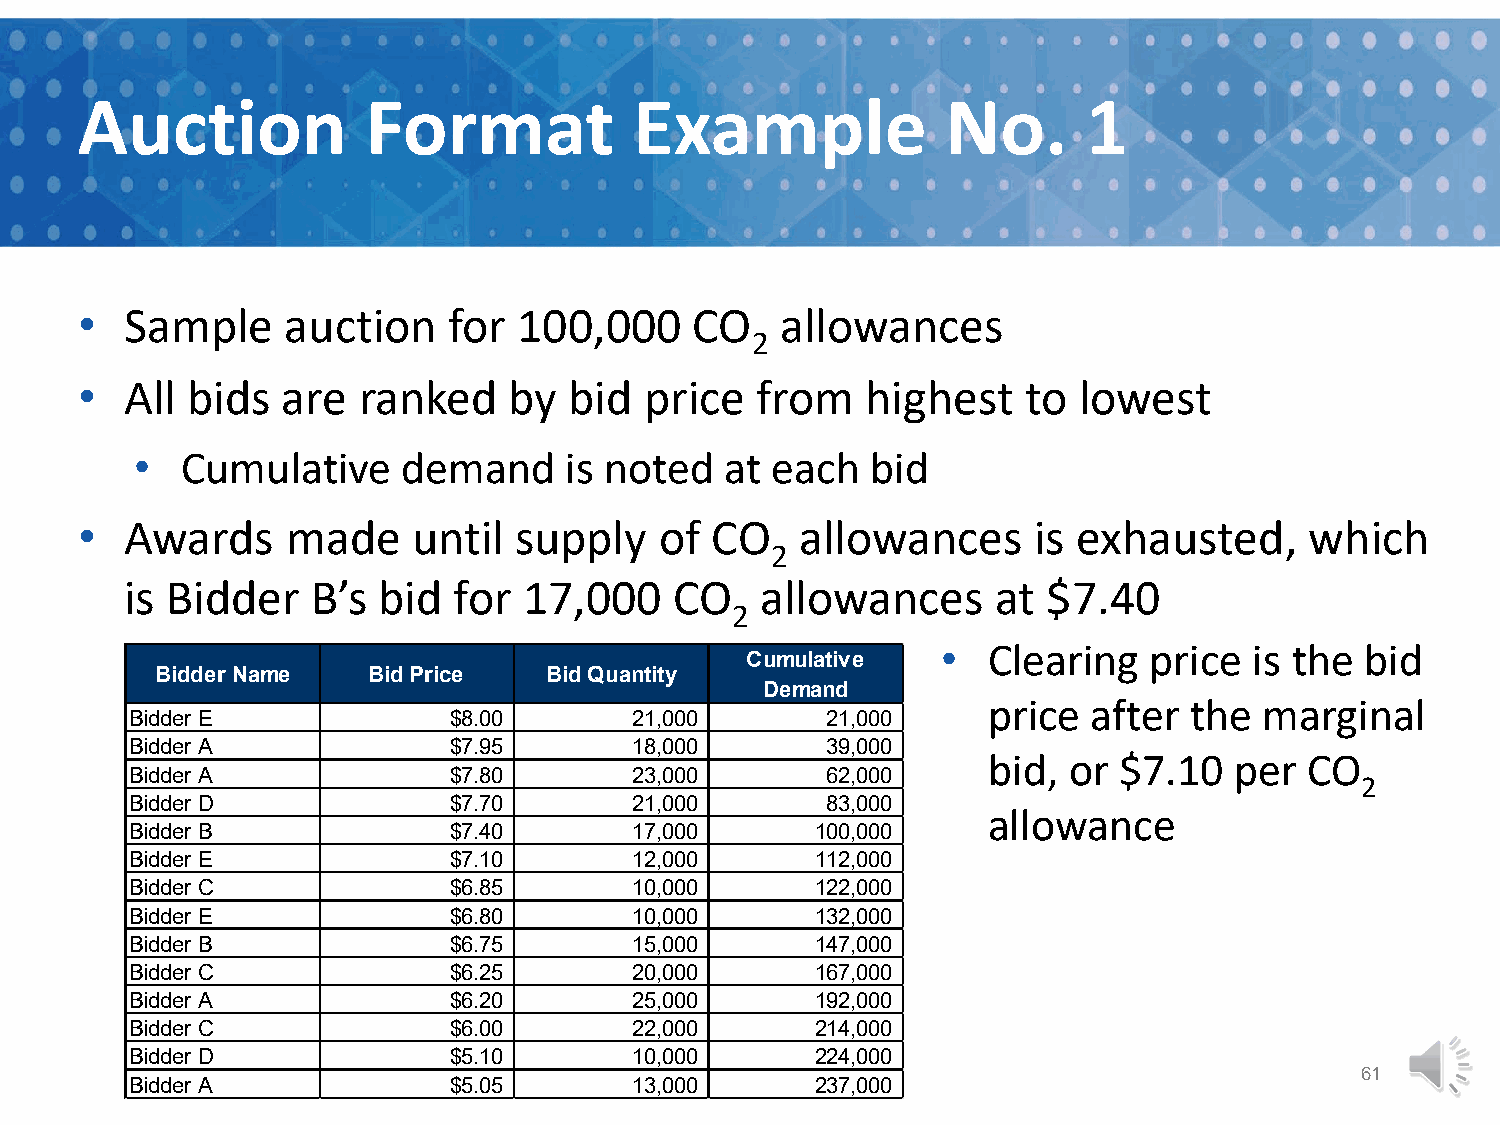
Auction            Format            Example              No.      1
 •  Sample     auction    for 100,000     CO    allowances
 2
 •  All bids   are  ranked    by  bid  price  from   highest    to lowest
 •  Cumulative     demand    is noted   at each   bid
 •  Awards     made    until  supply    of CO    allowances     is exhausted,      which
 2
 is Bidder    B’s bid  for  17,000    CO   allowances      at $7.40
 2
 •  Clearing   price  is the bid
 Cumulative
 Bidder Name   Bid Price   Bid Quantity
 Demand
 price  after  the  marginal
 Bidder E             $8.00       21,000       21,000
 Bidder A             $7.95       18,000       39,000
 bid,  or $7.10   per  CO
 Bidder A             $7.80       23,000       62,000
 2
 Bidder D             $7.70       21,000       83,000
 allowance
 Bidder B             $7.40       17,000      100,000
 Bidder E             $7.10       12,000      112,000
 Bidder C             $6.85       10,000      122,000
 Bidder E             $6.80       10,000      132,000
 Bidder B             $6.75       15,000      147,000
 Bidder C             $6.25       20,000      167,000
 Bidder A             $6.20       25,000      192,000
 Bidder C             $6.00       22,000      214,000
 Bidder D             $5.10       10,000      224,000
 61
 Bidder A             $5.05       13,000      237,000